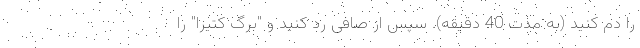
را دم کنید (به مدت 40 دقیقه). سپس از صافی رد کنید و "برگ کتیرا" را